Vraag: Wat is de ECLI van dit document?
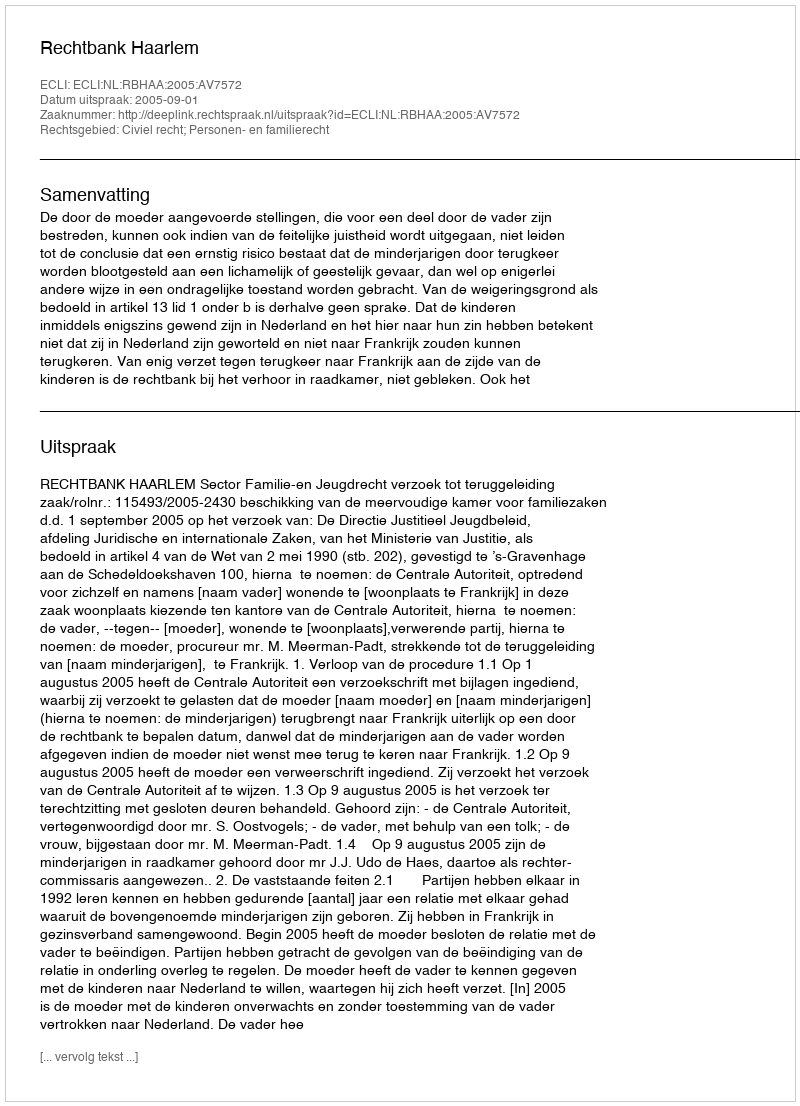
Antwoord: ECLI:NL:RBHAA:2005:AV7572